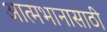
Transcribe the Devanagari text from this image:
आत्मभानासाठी